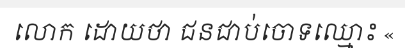
លោក ដោយថា ជនជាប់ចោទឈ្មោះ «